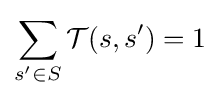
\sum _{s'\in S}{\mathcal {T}}(s,s')=1